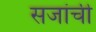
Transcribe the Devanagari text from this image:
सजांची